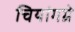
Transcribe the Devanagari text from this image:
चियांगग्रे